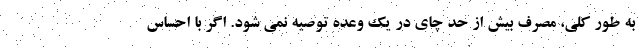
به طور کلی، مصرف بیش از حد چای در یک وعده توصیه نمی شود. اگر با احساس